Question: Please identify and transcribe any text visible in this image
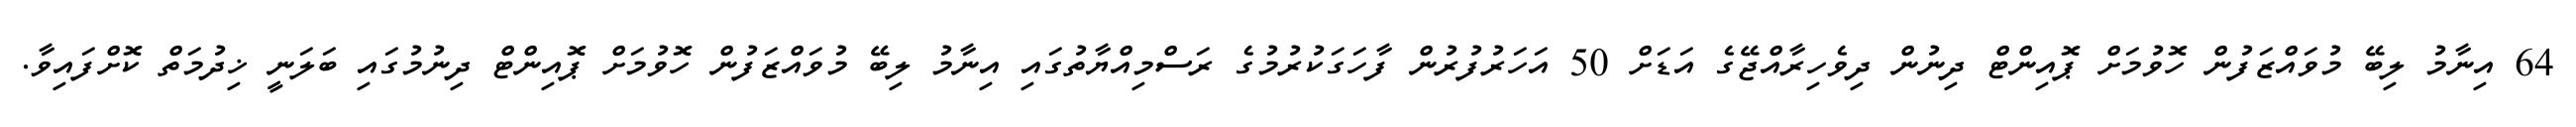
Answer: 64 އިނާމު ލިބޭ މުވައްޒަފުން ހޮވުމަށް ޕޮއިންޓް ދިނުން ދިވެހިރާއްޖޭގެ އަޑަށް 50 އަހަރުފުރުން ފާހަގަކުރުމުގެ ރަސްމިއްޔާތުގައި އިނާމު ލިބޭ މުވައްޒަފުން ހޮވުމަށް ޕޮއިންޓް ދިނުމުގައި ބަލަނީ ޚިދުމަތް ކޮށްފައިވާ.